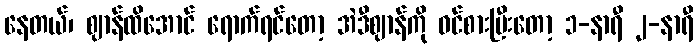
နေတယ်၊ ဈာန်ထိအောင် ရောက်ရင်တော့ အဲဒီဈာန်ကို ဝင်စားပြီးတော့ ၁-နာရီ ၂-နာရီ